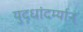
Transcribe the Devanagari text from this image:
युद्धांदर्म्यान